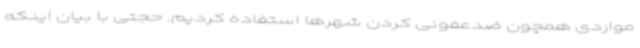
مواردی همچون ضدعفونی کردن شهرها استفاده کردیم. حجتی با بیان اینکه